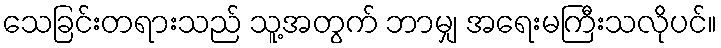
သေခြင်းတရားသည် သူ့အတွက် ဘာမျှ အရေးမကြီးသလိုပင်။